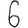
Digit: 6